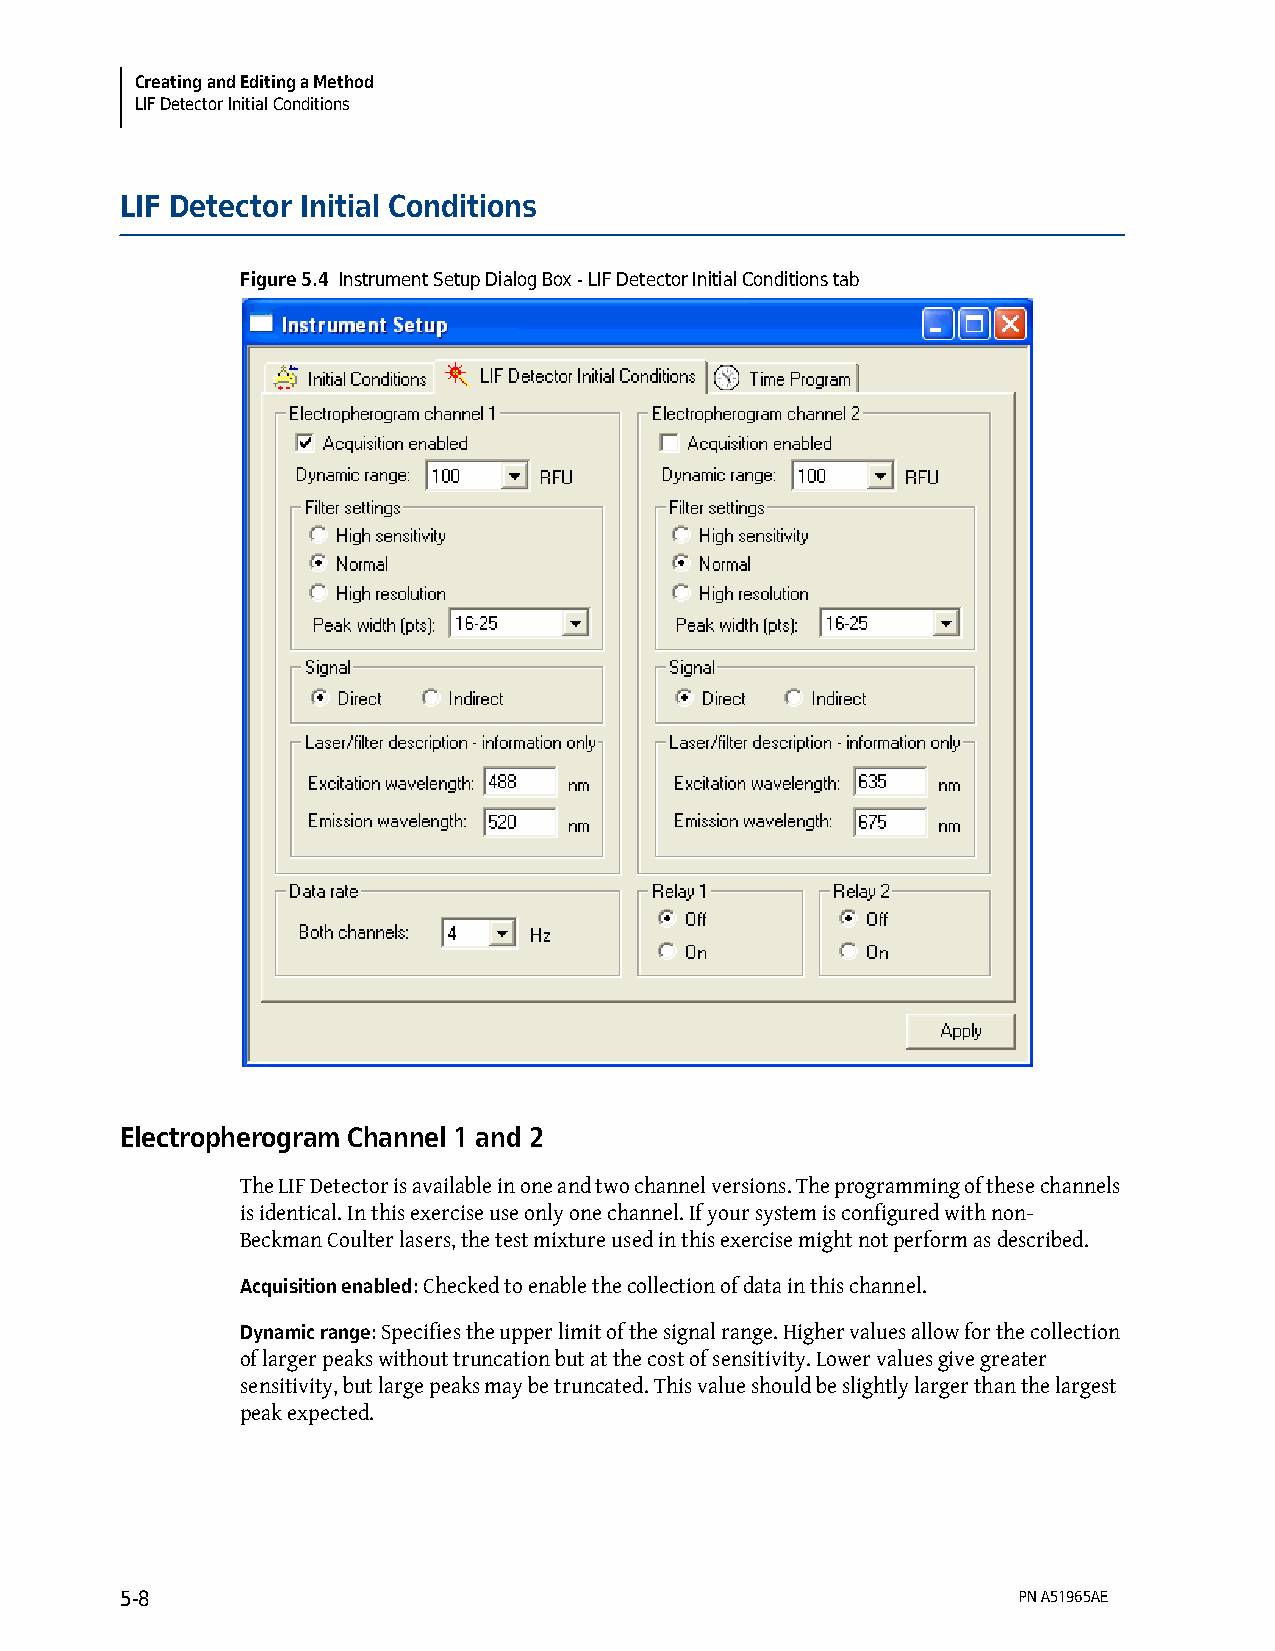
Creating and Editing a Method
 LIF Detector Initial Conditions
 LIF Detector Initial Conditions
 Figure 5.4 Instrument Setup Dialog Box - LIF Detector Initial Conditions tab
 Electropherogram Channel 1 and 2
 The LIF Detector is available in one and two channel versions. The programming of these channels
 is identical. In this exercise use only one channel. If your system is configured with non-
 Beckman Coulter lasers, the test mixture used in this exercise might not perform as described.
 Acquisition enabled: Checked to enable the collection of data in this channel.
 Dynamic range: Specifies the upper limit of the signal range. Higher values allow for the collection
 of larger peaks without truncation but at the cost of sensitivity. Lower values give greater
 sensitivity, but large peaks may be truncated. This value should be slightly larger than the largest
 peak expected.
 5-8                                                        PN A51965AE